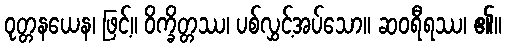
ဝုတ္တနယေန၊ ဖြင့်။ ဝိက္ခိတ္တဿ၊ ပစ်လွှင့်အပ်သော။ ဆဝရီရဿ၊ ၏။